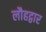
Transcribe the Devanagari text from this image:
लौहद्वार